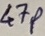
Text: 47P